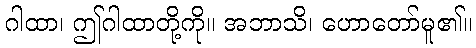
ဂါထာ၊ ဤဂါထာတို့ကို။ အဘာသိ၊ ဟောတော်မူ၏။